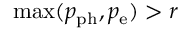
\operatorname* { m a x } ( p _ { \mathrm { p h } } , p _ { \mathrm { e } } ) > r